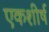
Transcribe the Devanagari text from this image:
एकशीर्ष